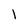
Character: l